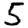
Digit: 5